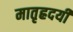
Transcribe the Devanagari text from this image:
मातृह्रदयी